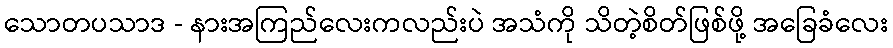
သောတပသာဒ - နားအကြည်လေးကလည်းပဲ အသံကို သိတဲ့စိတ်ဖြစ်ဖို့ အခြေခံလေး